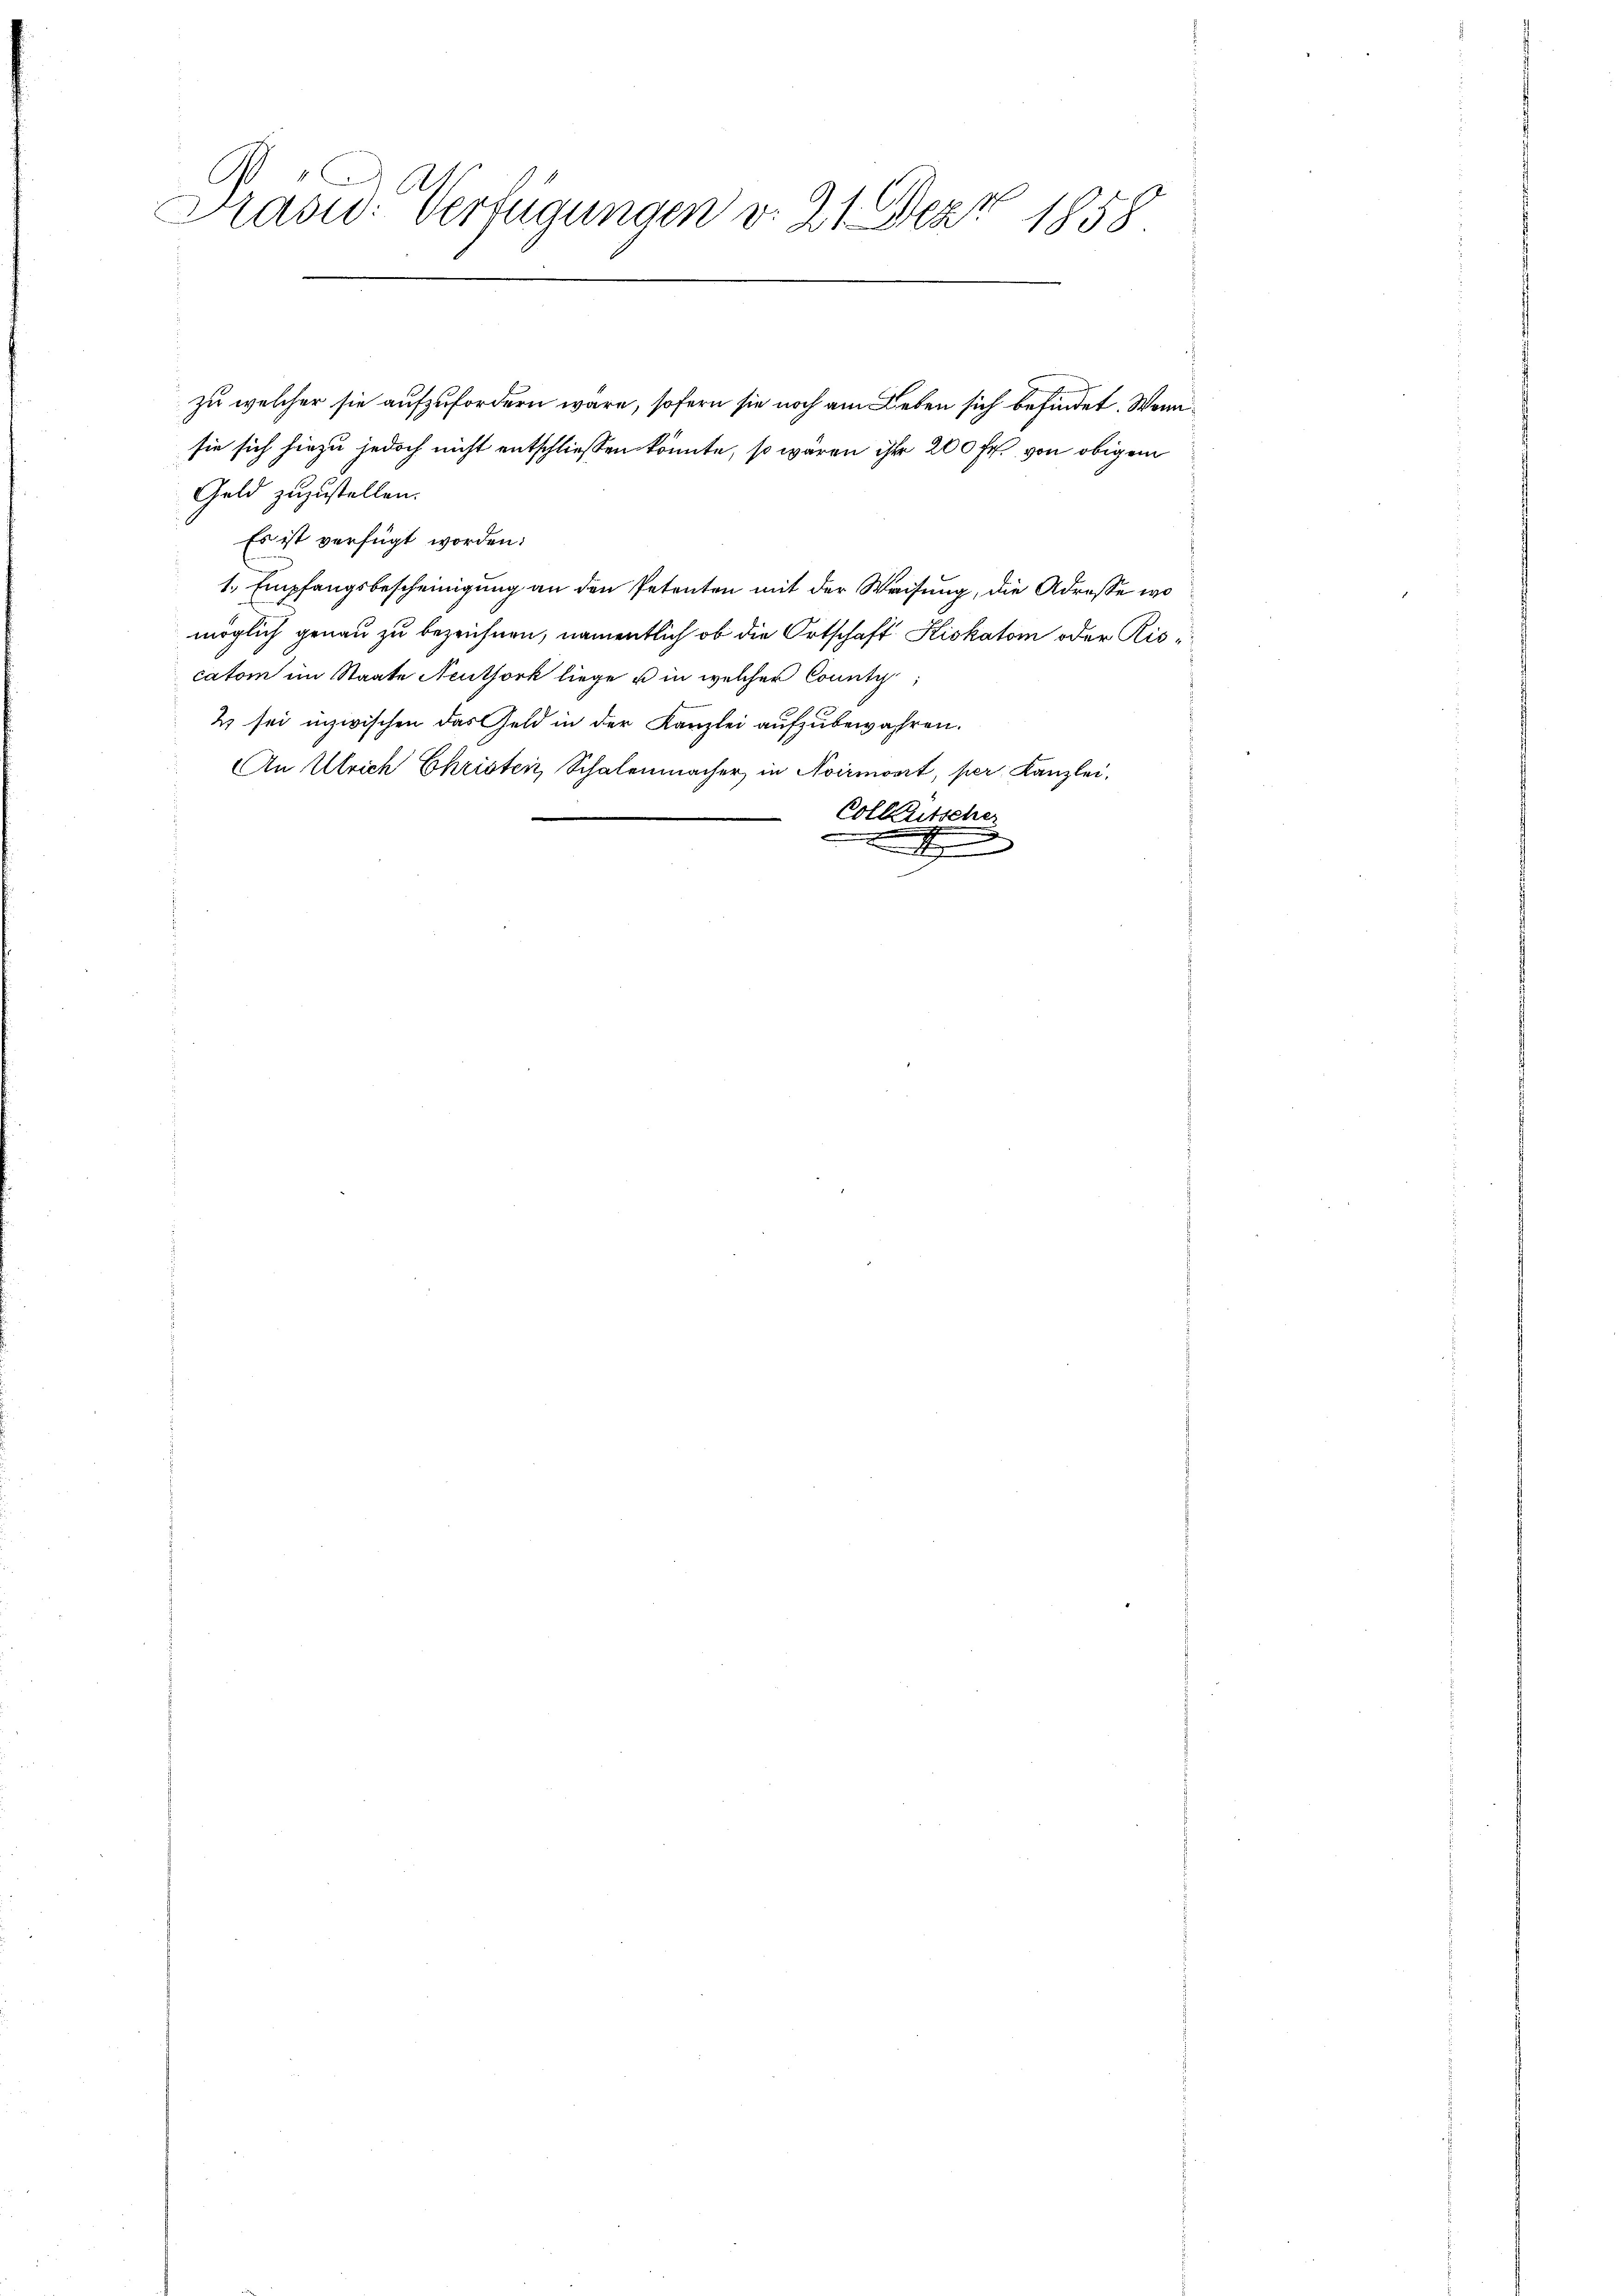
t 117
Präsid. Verfügungen v. 21 Dez.
1858

zu welcher sie aufzufordern wäre, sofern sie noch am Leben sich befindet. Wennsie sich hiezu jedoch nicht entschließen könnte, so wären ihre 200 Fr. von obigem
Geld zuzustellen.
Es ist verfügt worden:
1. Empfangsbescheinigung an den Petenten mit der Weisung, die Adresse wo
möglich genau zu bezeichnen, namentlich ob die Ortschaft Hiskatom oder Riscatom im Staate Neuthork liege u in welcher County
2 sei inzwischen das Geld in der Kanzlei aufzubewahren.
An Ulrich Christen, Schalenmacher in Avirmont, per Kanzlei,
Colleutscher
e